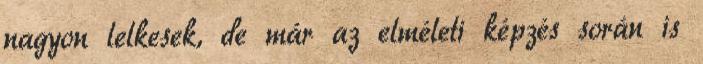
nagyon lelkesek, de már az elméleti képzés során is